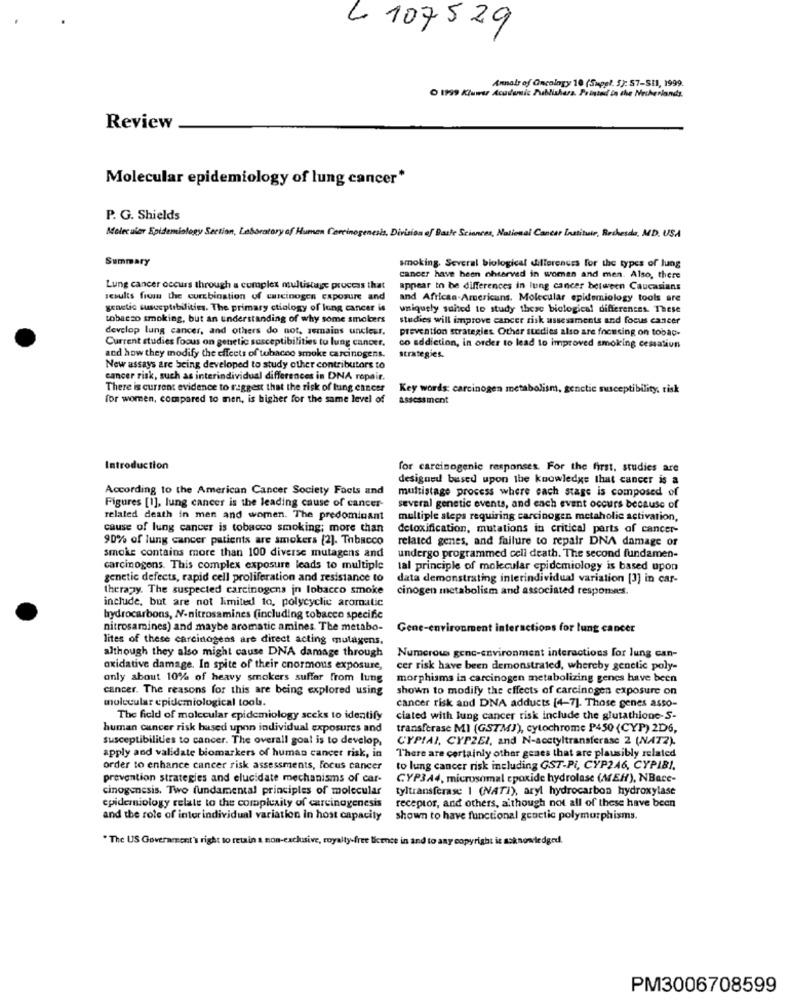
L 107529
Annals of Oncology 10 (Suppl. 5): 57-SI1, 1999.
O 1999 Kluwer Academic Publishers. Printed in the Netherlands.
Review
Molecular epidemiology of lung cancer*
P. G. Shields
Molecular Epidemiology Section, Laboratory of Human Carcinogenesis. Division of Basle Sciences, National Cancer Instituir, Recheado, MD. USA
Summary
smoking. Several biological differences for the types of lung
cancer have been ohserved in women and men. Also, there
Lung cancer occurs through a complex multistage process that
appear to be differences in lung cancer between Caucasians
results from the curebinstion of carcinogen exposure and
and African-Americans. Molecular epidemiology tools are
genetic susceptibilities. The primary ctiology of lung cancer is
uniquely suited to study these biological differences. These
tobacco smoking, but an understanding of why some smokers
studies will improve cancer risk assessments and focus cancer
develop lung cancer, and others do not, semains unclesr.
prevention strategies Other stedies also are focusing on tobac-
Current studies focus on genetic susceptibilities to lung cancer.
co addiction, in order to lead to improved smoking cessation
and how they modify the effects of tobacco smoke carcinogens.
strategies.
New assays are being developed to study other contributors to
cancer risk, such as interindividual differences in DNA repair.
There is current evidence to raggest that the risk of lung cancer
Key words: carcinogen metabolism, genetic susceptibility, tisk
for women, compared to men, is higher for the same level of
assessment
Introduction
for carcinogenic responses. For the first. studies are
designed based upon the knowledge that cancer is a
According to the American Cancer Society Facts and
multistage process where each stage is composed of
Figures [1], lung cancer is the leading cause of cancer-
several genetic events, and each event occurs because of
related death in men and women. The predominant
multiple steps requiring carcinogen metaholic activation,
cause of lung cancer is tobacco smoking; more than
detoxification, mutations in critical parts of cancer-
90% of lung cancer patients are smokers [2]. Tobacco
related genes, and failure to repair DNA damage or
smoke contains more than 100 diverse mutagens and
undergo programmed cell death. The second fundamen-
carcinogens. This complex exposure leads to multiple
tal principle of molecular epidemiology is based upon
genetic defects, rapid cell proliferation and resistance to
data demonstrating interindividual variation [J] in car-
therapy. The suspected carcinogens in lobacco smoke
cinogen metabolism and associated responses.
include, but are not limited to, polycyclic aromatic
hydrocarbons, N-nitrosamines (including tobacco specific
nitrosamines) and maybe aromatic amines. The metabo-
Gene-environment interactions for lung cancer
lites of these carcinogens are direct acting mutagens.
Numerous genc-environment interactions for lung can-
although they also might cause DNA damage through
oxidative damage. In spite of their cnormous exposure,
cer risk have been demonstrated, whereby genetic poly-
only about 10% of heavy smokers suffer from lung
morphisms in carcinogen metabolizing genes have been
cancer. The reasons for this are being explored using
shown to modify the effects of carcinogen exposure on
molecular epidemiological tools.
cancer risk and DNA adducts [4-7]. Those genes asso-
The field of molecular epidemiology seeks to identify
ciated with lung cancer risk include the glutathione-S-
human cancer risk based upon individual exposures and
transferase MI (GSTMJ), cytochrome P450 (CYP) 2D6,
susceptibilities to cancer. The overall goal is to develop,
CYPIAI, CYPZEI, and N-acetyltransferase 2 (NAT2).
apply and validate biomarkers of human cancer risk, in
There are certainly other genes that are plausibly related
order to enhance cancer risk assessments, focus cancer
to lung cancer risk including GST-Pi, CYP246, CYPIBI.
prevention strategies and elucidate mechanisms of car-
CYP344, microsomal epoxide hydrolase (MEH), NBace-
cinogenesis. Two fundamental principles of molecular
tyltransferase 1 (NATI), aryl hydrocarbon hydroxylase
epidemiology relate to the complexity of carcinogenesis
receptor, and others, although not all of these have been
and the role of inter individual variation in host capacity
shown to have functional genetic polymorphisms.
"The US Government's right to retain a non-exclusive, royalty-free licence in and to any copyright is acknowledged.
PM3006708599